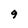
Character: 9